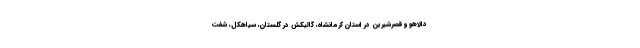
دالاهو و قصرشیرین در استان کرمانشاه، گالیکش در گلستان، سیاهکل، شفت